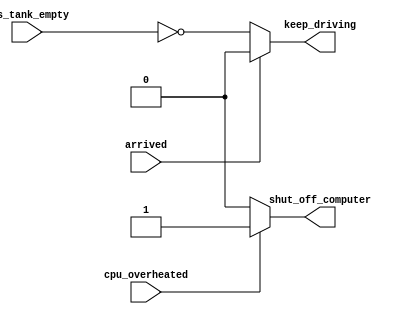
/*
    https://hdlbits.01xz.net/wiki/Always_if2
*/

/* 
    A common source of errors: How to avoid making latches
    When designing circuits, you must think first in terms of circuits:
    - I want this logic gate
    - I want a combinational blob of logic that has these inputs and produces these outputs
    - I want a combinational blob of logic followed by a set of flip-flops
*/

// synthesis verilog_input_version verilog_2001
module top_module (
    input      cpu_overheated,
    output reg shut_off_computer,
    input      arrived,
    input      gas_tank_empty,
    output reg keep_driving  ); //

    always @(*) begin
        if (cpu_overheated)
            shut_off_computer = 1;
        else
            shut_off_computer = 0;
    end

    always @(*) begin
        if (~arrived)
            keep_driving = ~gas_tank_empty;
        else
            keep_driving = 0;
    end

endmodule